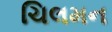
ચિલમન